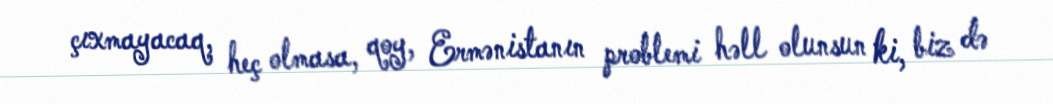
çıxmayacaq, heç olmasa, qoy, Ermənistanın problemi həll olunsun ki, biz də